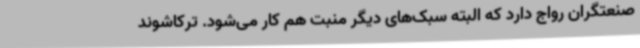
صنعتگران رواج دارد که البته سبک‌های دیگر منبت هم کار می‌شود. ترکاشوند